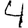
Digit: 4